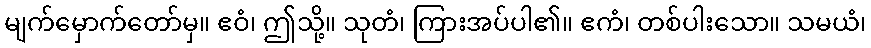
မျက်မှောက်တော်မှ။ ဧဝံ၊ ဤသို့။ သုတံ၊ ကြားအပ်ပါ၏။ ဧကံ၊ တစ်ပါးသော။ သမယံ၊